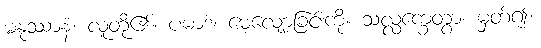
မနုဿာနံ၊ လူတို့၏။ ပမာဒံ၊ မေ့လျော့ခြင်းကို။ သလ္လက္ခေတွာ၊ မှတ်၍။